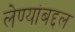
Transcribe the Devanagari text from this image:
लेण्यांबद्दल